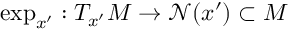
\exp _ { x ^ { \prime } } : T _ { x ^ { \prime } } M \rightarrow \mathcal { N } ( x ^ { \prime } ) \subset M